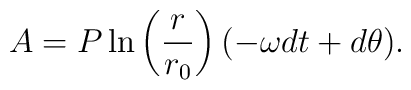
A = P \ln \left( \frac{r}{r_0} \right) (- \omega dt + d\theta).